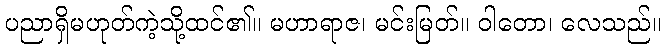
ပညာရှိမဟုတ်ကဲ့သို့ထင်၏။ မဟာရာဇ၊ မင်းမြတ်။ ဝါတော၊ လေသည်။